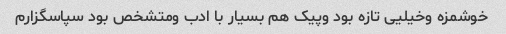
خوشمزه وخیلیی تازه بود وپیک هم بسیار با ادب ومتشخص بود سپاسگزارم